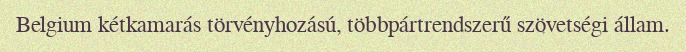
Belgium kétkamarás törvényhozású, többpártrendszerű szövetségi állam.